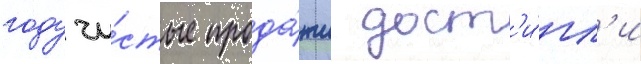
году чи́стые прода́жи дост'и́гл'и